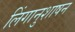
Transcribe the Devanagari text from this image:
लिंगानुशाषन